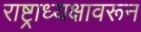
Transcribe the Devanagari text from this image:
राष्ट्राध्यक्षावरून